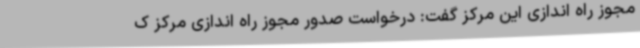
مجوز راه اندازی این مرکز گفت: درخواست صدور مجوز راه اندازی مرکز ک